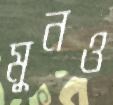
মুনও